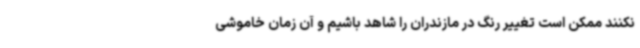
نکنند ممکن است تغییر رنگ در مازندران را شاهد باشیم و آن زمان خاموشی